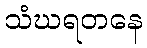
သံဃရတနေ